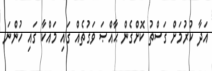
އަދާ ކުރުމަށް ގަސްތު ކޮށްގެން ޙާއްޞަ ވަގުތެއް ގައި މައްކާ ގައި ހުންނަ